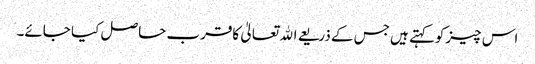
اس چیزکوکہتے ہیں جس کے ذریعے اﷲ تعالیٰ کاقرب حاصل کیا جائے۔